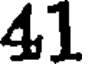
41